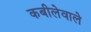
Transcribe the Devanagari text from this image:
कबीलेवाले